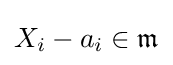
X_{i}-a_{i}\in {\mathfrak {m}}